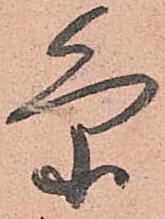
条